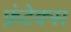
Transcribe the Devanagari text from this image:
फ्रंटेक्स